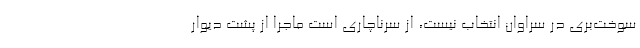
سوخت‌بری در سراوان انتخاب نیست، از سرناچاری است ماجرا از پشت دیوار